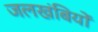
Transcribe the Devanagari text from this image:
जलखंबियों